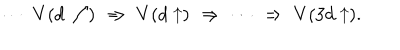
\cdots \, \, V ( d \nearrow ) \, \, \Rightarrow \, \, V ( d \uparrow ) \, \, \Rightarrow \, \, \cdots \, \, \Rightarrow \, \, V ( 3 d \uparrow ) .